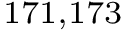
^ { 1 7 1 , 1 7 3 }